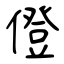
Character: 僜